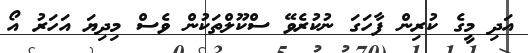
އަދި މީގެ ކުރިން ފާހަގަ ނުކުރެވޭ ސްކޫލްތަކުން ވެސް މިދިޔަ އަހަރު އޯ